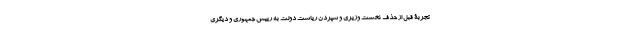
تجربۀ قبل از حذف نخست وزیری و سپردن ریاست دولت به رییس جمهوری و دیگری